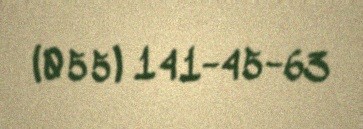
(055) 141-45-63